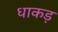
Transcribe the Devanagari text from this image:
धाकड़